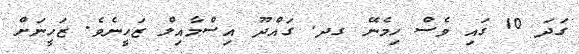
ގަދަ 10 ގައި ވެސް ހިމެނޭ ގދ. ގައްދޫ އިސްމާއިލް ޒަހީނެވެ. ޒަހީނަށް